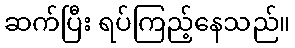
ဆက်ပြီး ရပ်ကြည့်နေသည်။